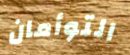
التوأمان